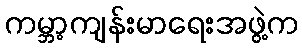
ကမ္ဘာ့ကျန်းမာရေးအဖွဲ့က